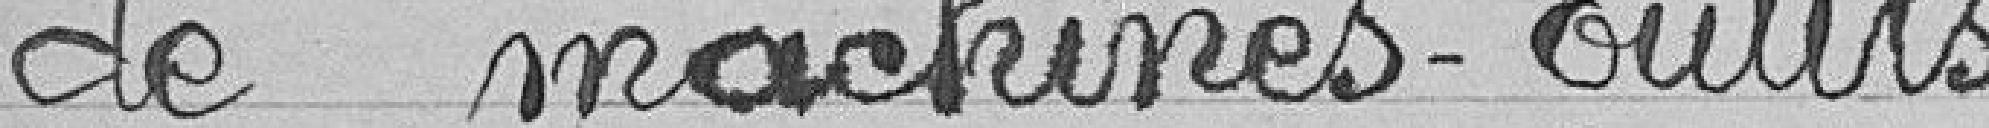
de machines-outils